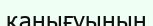
қанығуының